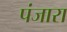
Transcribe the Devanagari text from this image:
पंजारा